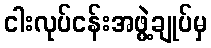
ငါးလုပ်ငန်းအဖွဲ့ချုပ်မှ